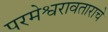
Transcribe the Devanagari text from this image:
परमेश्वरावताराचे